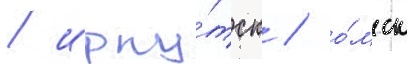
/ ирку́тск / о́мск